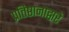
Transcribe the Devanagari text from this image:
प्रतिष्ठानाद्वारे